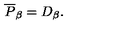
\overline { { P } } _ { \beta } = D _ { \beta } .